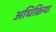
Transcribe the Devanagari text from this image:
अधिक्रिया